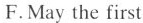
F.May the first